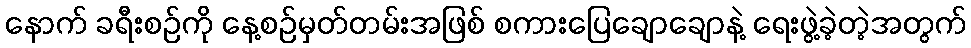
နောက် ခရီးစဉ်ကို နေ့စဉ်မှတ်တမ်းအဖြစ် စကားပြေချောချောနဲ့ ရေးဖွဲ့ခဲ့တဲ့အတွက်